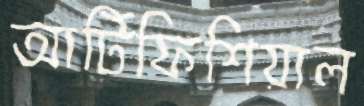
আর্টিফিশিয়াল